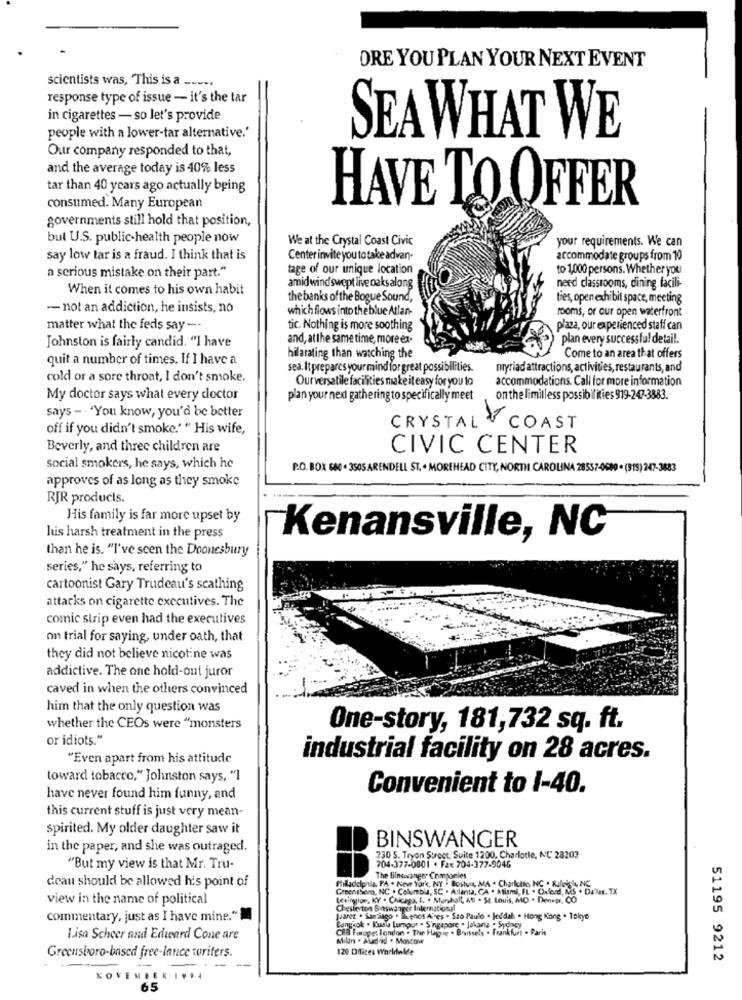
ORE YOU PLAN YOUR NEXT EVENT
scientists was, This is a .......
response type of issue - it's the tar
in cigarettes - so let's provide
people with a lower-tar alternative.'
SEA WHAT WE
Our company responded to that,
and the average today is 40% less
tar than 40 years ago actually being
consumed. Many European
HAVE TO OFFER
governments still hold that position,
but U.S. public-health people now
We at the Crystal Coast Civic
your requirements. We can
say low tar is a fraud. I think that is
Center invite you to take adven-
accommodate groups from 10
a serious mistake on their part."
tage of our unique location
to 1,000 persons. Whether you
When it comes to his own habit
amidwindswept live oaksalong
need classrooms, dining facili-
the banks of the Bogue Sound,
ties, open exhibit space, meeting
- not an addiction, he insists, no
which flows into theblue Atlan-
rooms, or cur open waterfront
matter what the feds say --
tic. Nothing is more soothing
plaza, our experienced staff can
Johnston is fairly candid. "I have
and, atthe same time, more ex-
plan every successful detail.
quit a number of times. If I have a
hilarating than watching the
Come to an area that offers
sea. It prepares your mind for great possibilities.
nryriad attractions, activities, restaurants, and
cold or a sore throat, I don't smoke.
Our versatile facilities make it easy for you to
accommodations. Call for more information
My doctor says what every doctor
plan your next gathering to specifically meet
on the limitless possibilities 919-247-3883.
says - . "You know, you'd be better
CRYSTAL
off if you didn't smoke.' " His wife,
COAST
Beverly, and three children are
CIVIC CENTER
social smokers, he says, which he
P.O. BOX 680 . 3505 ARENDELL ST. . MOREHEAD CITY, NORTH CAROLINA 28557-0680 . (915) 247-3883
approves of as long as they smoke
RJR products.
His family is far more upset by
huis harsh treatment in the press
Kenansville, NC
than he is. "I've seen the Doonesbury
series," he says, referring to
cartoonist Gary Trudeau's scathing
attacks on cigarette executives. The
comic strip even had the executives
on trial for saying, under oath, that
they did not believe nicotine was
addictive. The one hold-out juror
caved in when the others convinced
him that the only question was
whether the CEOs were "monsters
One-story, 181,732 sq. ft.
or idiots."
"Even apart from his attitude
industrial facility on 28 acres.
toward tobacco," Johnston says, "1
Convenient to 1-40.
have never found him funny, and
this current stuff is just very mean-
spirited. My older daughter saw it
BINSWANGER
in the paper, and she was outraged.
230 5. Tryon Strect, Suite 1200, Charlotte, NC 28202
"But my view is that Mr. Tru-
704-377-0801 . Fax 704-377-9046
The Binsvanger Companies
deau should be allowed his point of
Philadelphia, PA . New York, NY . Boslut, MA . Charlotte, NC . Kulnick, NC
mbia, SC . Atlanta, CA . Allami, FL . Oxford, MS . Dalas, TX
view in the name of political
Sesimglue, KY . Chicaga, f. . Munhall, Ati . St. Louis, MO . Denvar, CO
Chesterton Baswanger International
commentary, just as I have mine."
Juarez . Santiago . Buenos Aires . Sao Paulo . Jeddah . Hong Kong . Tokyo
Bangkok . Kusle Lumpur . S'ngapore . Jakarta . Sydlacy
CEB Forope: london . The Hague . Brussels . Frankfurt . Paris
Lisa Scheer and Edward Cone are
Milan . Aldi . Moscow
120 Offices Worldwide
Greensboro-based free-lance toriters.
51195 9212
-
KOVENDER ....
65